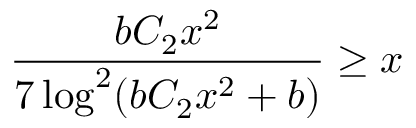
\frac { b C _ { 2 } x ^ { 2 } } { 7 \log ^ { 2 } ( b C _ { 2 } x ^ { 2 } + b ) } \geq x